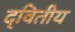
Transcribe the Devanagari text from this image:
द्‌वितीय